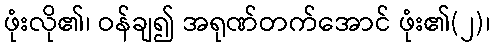
ဖုံးလို၏၊ ဝန်ချ၍ အရုဏ်တက်အောင် ဖုံး၏(၂)၊